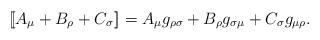
LaTeX: \begin{align*}[\![A_\mu+B_\rho+C_\sigma]\!] =A_\mu g_{\rho\sigma} +B_\rho g_{\sigma\mu} +C_\sigma g_{\mu\rho} .\end{align*}